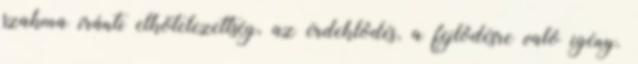
szakma iránti elkötelezettség, az érdeklôdés, a fejlôdésre való igény.